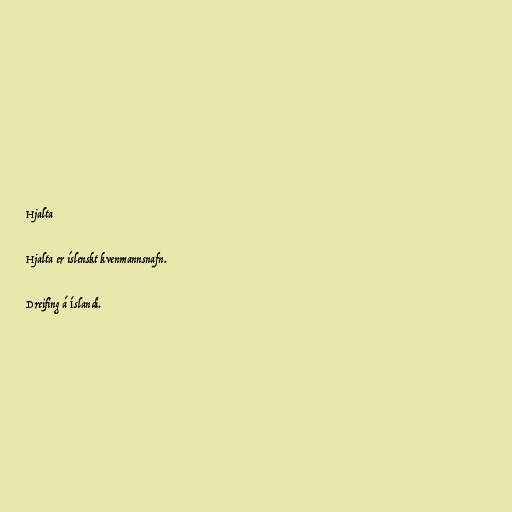
Hjalta

Hjalta er íslenskt kvenmannsnafn.

Dreifing á Íslandi.